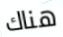
هناك